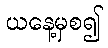
ယနေ့မှစ၍